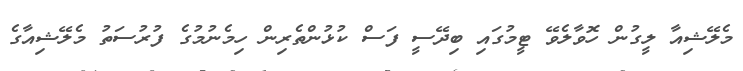
މެލޭޝިއާ ލީގުން ހޮވާލެވޭ ޓީމުގައި ބިދޭސީ ފަސް ކުޅުންތެރިން ހިމެނުމުގެ ފުރުސަތު މެލޭޝިއާގެ